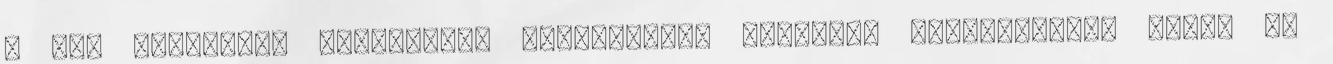
– nem tartottak „dinamikus jelöltnek”, Trumppal ellentétben. Amint az